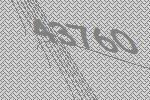
43760